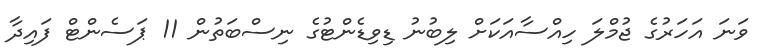
ވަނަ އަހަރުގެ ޖުމްލަ ހިއްސާއަކަށް ލިބުނު ޑިވިޑެންޓުގެ ނިސްބަތުން 11 ޕަސެންޓް ފައިދާ